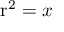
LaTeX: \mathrm { r } ^ { 2 } = x \,